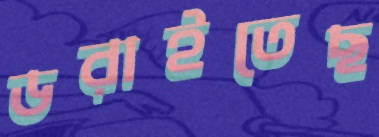
ডরাইতেছ